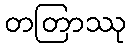
တတြာဿု